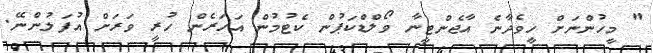
" މީހުންނަށް ހީވެދާނެ އާޖެންޓީނާ ވޯލްޑްކަޕުން ކެޓުމުން އަހަރެން ހުރީ ވަރަށް އުފަލުންނޭ.